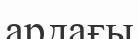
ардағы